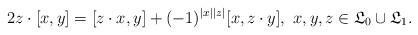
LaTeX: \begin{align*}2z\cdot [x,y]=[z\cdot x,y]+ (-1)^{|x||z|}[x,z\cdot y], \ x,y,z \in {\mathfrak L}_0 \cup {\mathfrak L}_1.\end{align*}